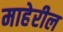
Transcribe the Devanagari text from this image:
माहेरील